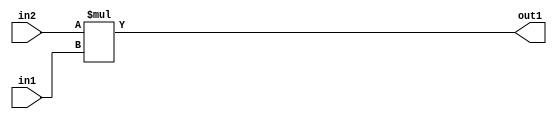
`timescale 1ps / 1ps
/*****************************************************************************
    Verilog RTL Description
    
    
    Created by: Stratus DpOpt 21.05.01 
*******************************************************************************/

module SobelFilter_Mul_32Sx6U_32S_4 (
	in2,
	in1,
	out1
	); /* architecture "behavioural" */ 
input [31:0] in2;
input [5:0] in1;
output [31:0] out1;
wire [31:0] asc001;

assign asc001 = 
	+(in2 * in1);

assign out1 = asc001;
endmodule

/* CADENCE  ubD4TQ0= : u9/ySxbfrwZIxEzHVQQV8Q== ** DO NOT EDIT THIS LINE ******/